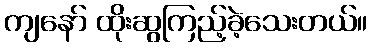
ကျနော် ထိုးဆွကြည့်ခဲ့သေးတယ်။